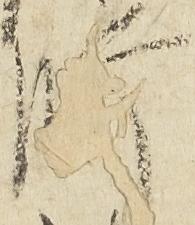
師